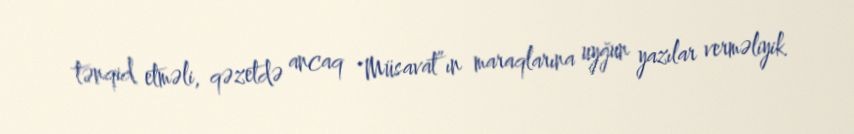
tənqid etməli, qəzetdə ancaq "Müsavat”ın maraqlarına uyğun yazılar verməliyik.